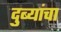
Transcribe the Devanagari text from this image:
दुब्यांचा